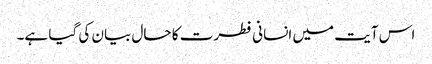
اس آیت میں انسانی فطرت کا حال بیان کی گیا ہے۔